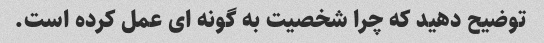
توضیح دهید که چرا شخصیت به گونه ای عمل کرده است.